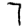
Digit: 7